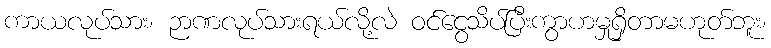
ကာယလုပ်သား၊ ဉာဏလုပ်သားရယ်လို့လဲ ဝင်ငွေသိပ်ပြီးကွာဟမှုရှိတာမဟုတ်ဘူး၊